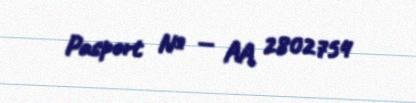
Pasport № — AA 2802754